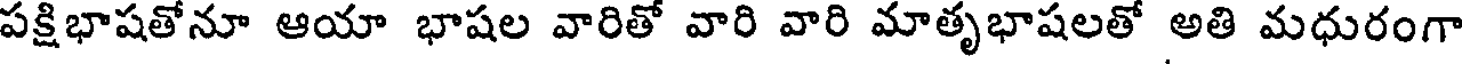
పక్షిభాషతోనూ ఆయా భాషల వారితో వారి వారి మాతృభాషలతో అతి మధురంగా